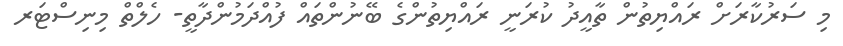
މި ސަރުކާރަށް ރައްޔިތުން ތާއީދު ކުރަނީ ރައްޔިތުންގެ ބޭނުންތައް ފުއްދަމުންދާތީ- ހެލްތް މިނިސްޓަރ